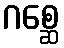
ဂစ္ဆေ